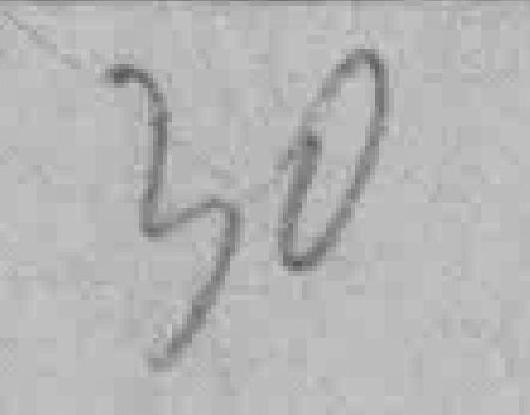
30